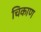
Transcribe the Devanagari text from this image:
चिकाण